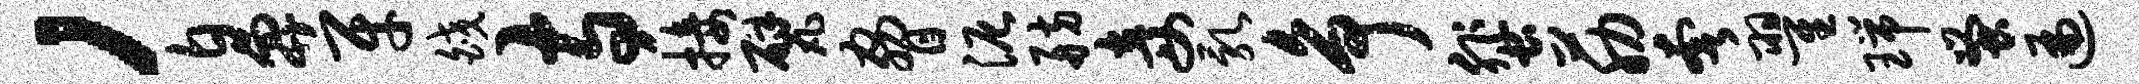
，鼻牙皎寺接甓胁泥舫妾乳争蜚筋奢翟瑞蚤遍